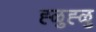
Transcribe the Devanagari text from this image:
ह्ळुह्ळु